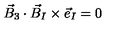
{ \vec { B } } _ { 3 } \cdot { \vec { B } } _ { I } \times { \vec { e } } _ { I } = 0